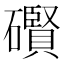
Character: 礥